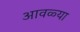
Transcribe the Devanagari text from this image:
आवळ्या